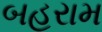
બહરામ